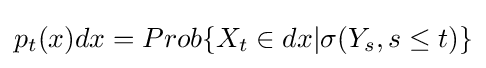
p_{t}(x)dx=Prob\{X_{t}\in dx|\sigma (Y_{s},s\leq t)\}